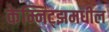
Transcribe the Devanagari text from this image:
केम्निट्झमधील